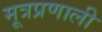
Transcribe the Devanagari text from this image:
मूत्रप्रणाली